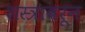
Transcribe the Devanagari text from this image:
शस्त्रावरून